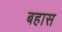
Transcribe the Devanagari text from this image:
बहास